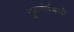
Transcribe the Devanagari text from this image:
युद्धपीड़ितों